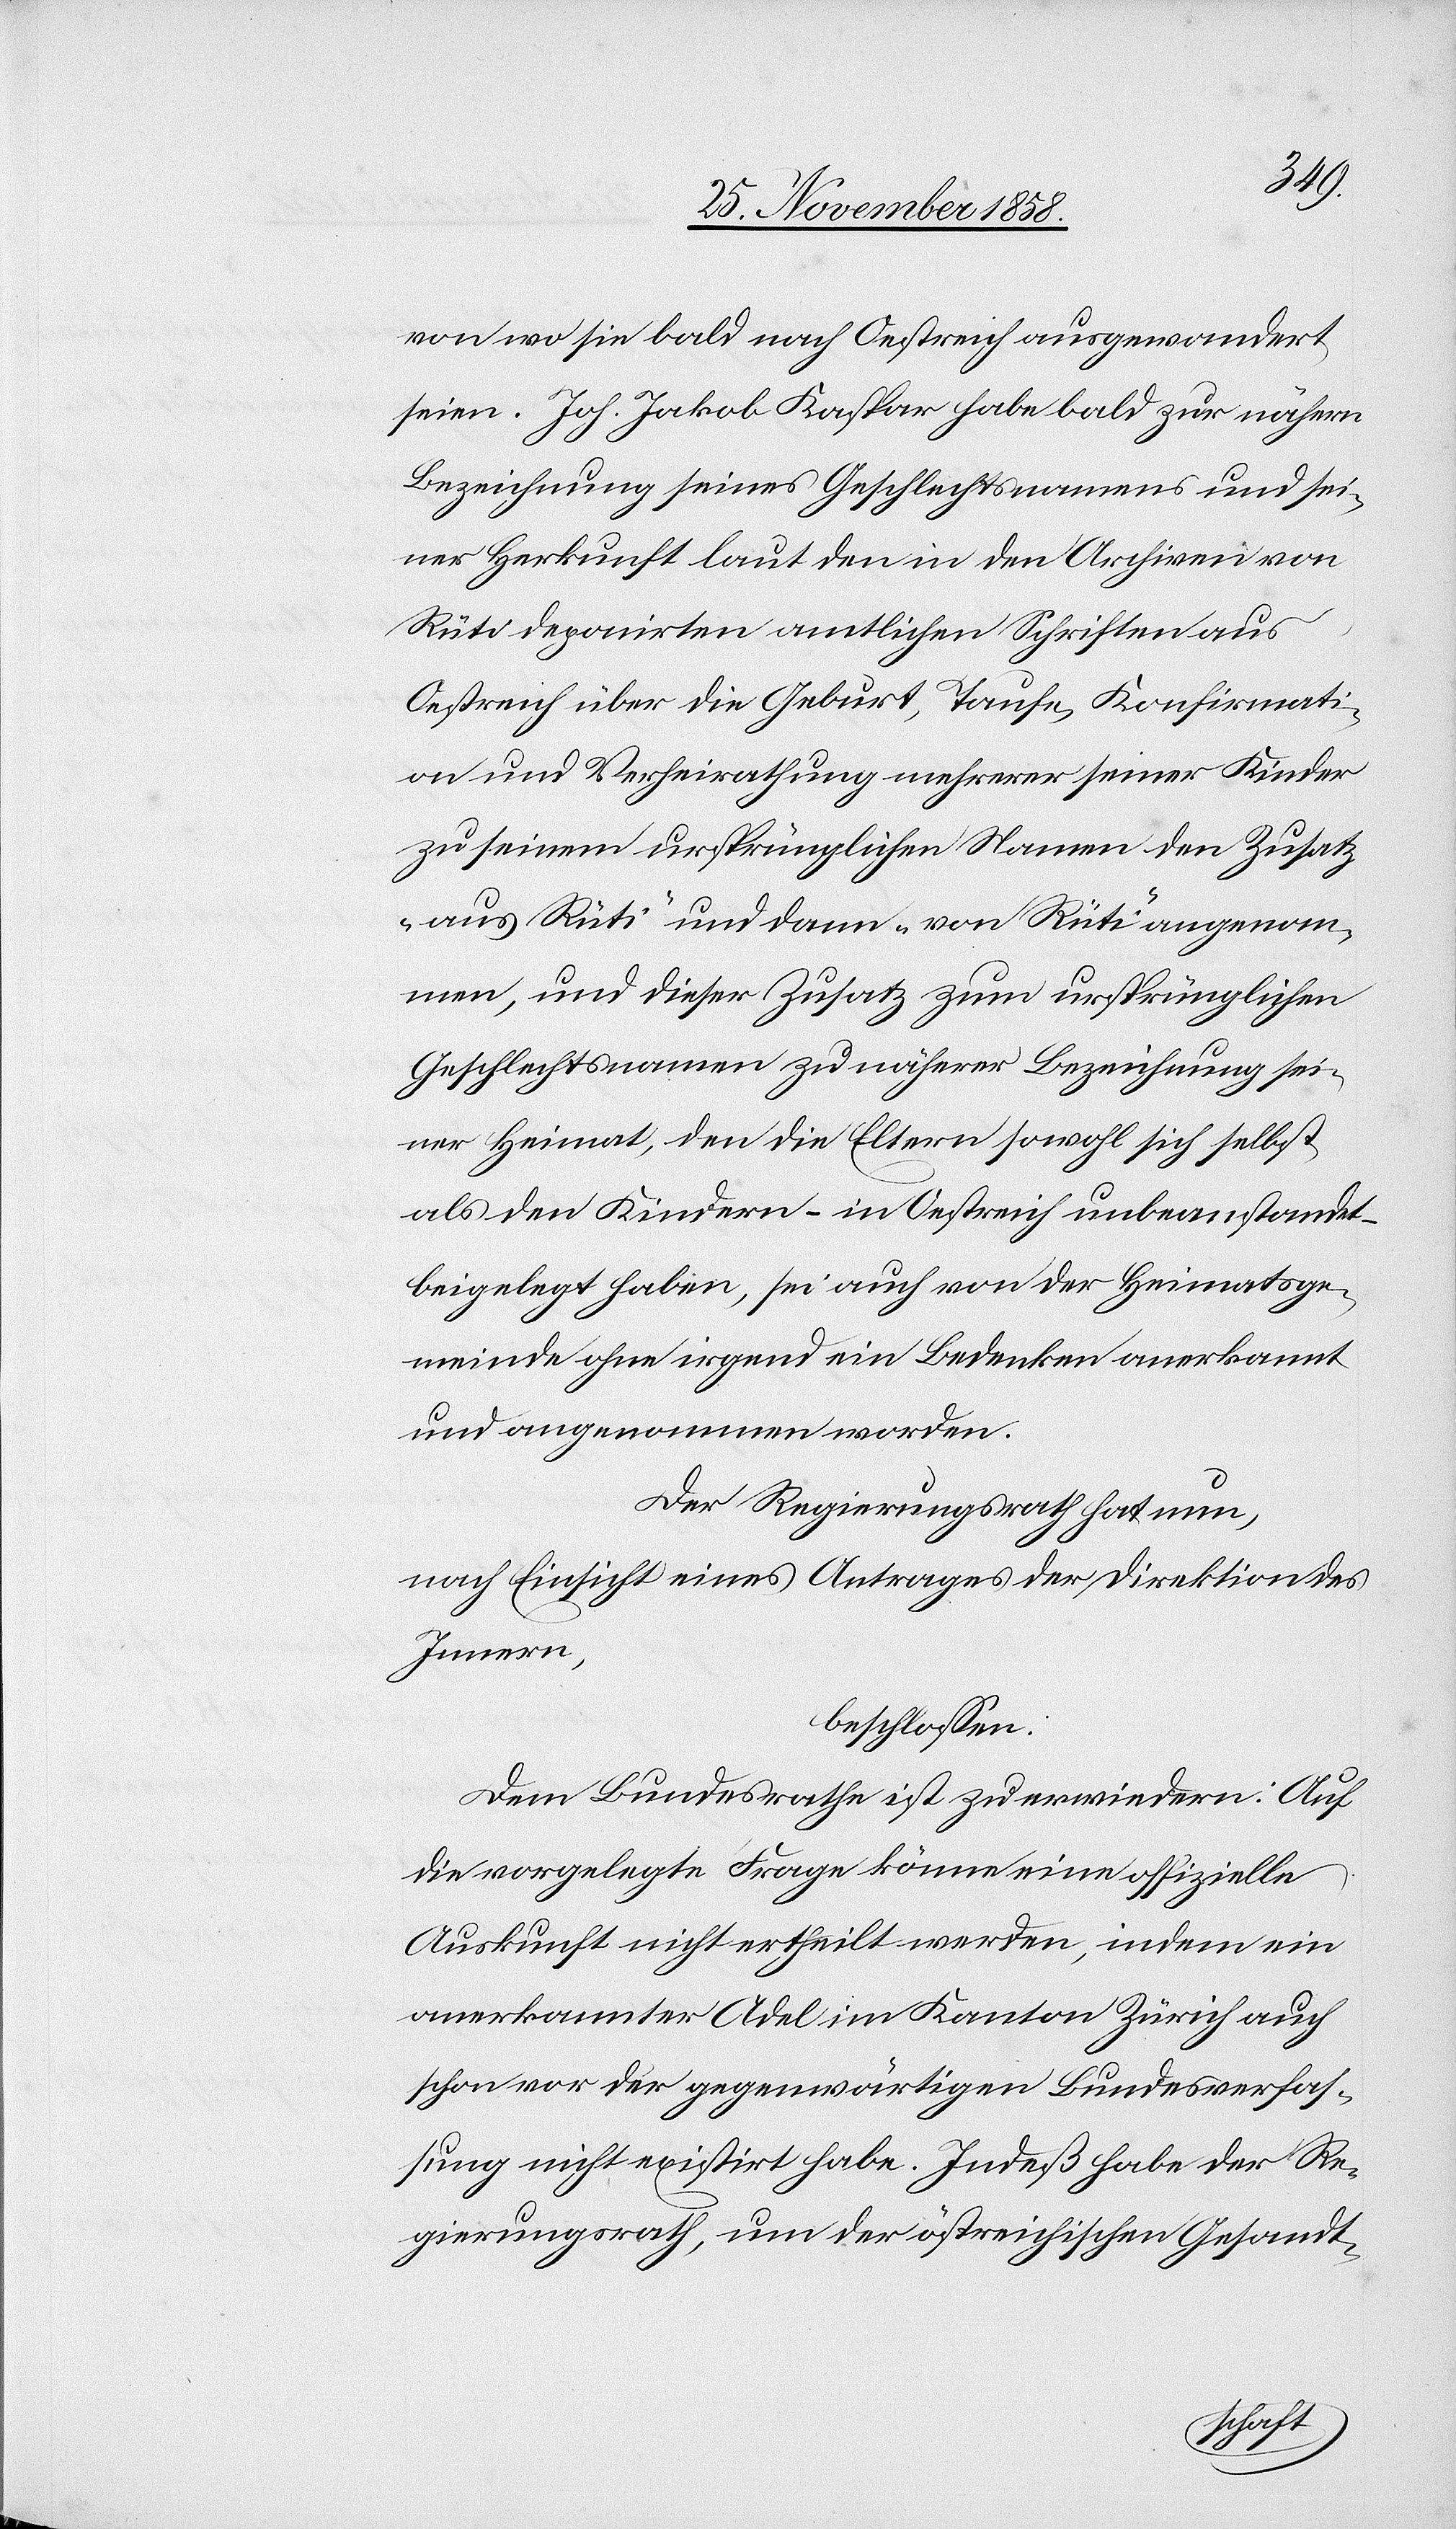
von wo sie bald nach Oestreich ausgewandert
seien. Joh. Jakob Kaspar habe bald zur nähern
Bezeichnung seines Geschlechtsnamens und sei¬
ner Herkunft laut den in den Archiven von
Rüti deponirten amtlichen Schriften aus
Oestreich über die Geburt, Taufe, Konfirmati¬
on und Verheirathung mehrerer seiner Kinder
zu seinem ursprünglichen Namen den Zusatz
„aus Rüti“ und dann „von Rüti“ angenom¬
men, und dieser Zusatz zum ursprünglichen
Geschlechtsnamen zu näherer Bezeichnung sei¬
ner Heimat, den die Eltern sowohl sich selbst
als den Kindern – in Oestreich unbeanstandet
beigelegt haben, sei auch von der Heimatsge¬
meinde ohne irgend ein Bedenken anerkannt
und angenommen worden.
Der Regierungsrath hat nun,
nach Einsicht eines Antrages der Direktion des
Innern,
beschlossen:
Dem Bundesrathe ist zu erwiedern: Auf
die vorgelegte Frage könne eine offizielle
Auskunft nicht ertheilt werden, indem ein
anerkannter Adel im Kanton Zürich auch
schon vor der gegenwärtigen Bundesverfas¬
sung nicht existirt habe. Indeß habe der Re¬
gierungsrath, um der östreichischen Gesandt-